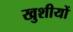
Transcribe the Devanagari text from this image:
खुशीयों